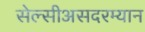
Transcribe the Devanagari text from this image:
सेल्सीअसदरम्यान